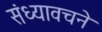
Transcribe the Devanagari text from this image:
संध्यावचने